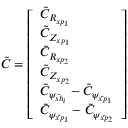
\Tilde { C } = \left[ \begin{array} { l } { \tilde { C } _ { R _ { x p _ { 1 } } } } \\ { \tilde { C } _ { Z _ { x p _ { 1 } } } } \\ { \tilde { C } _ { R _ { x p _ { 2 } } } } \\ { \tilde { C } _ { Z _ { x p _ { 2 } } } } \\ { \tilde { C } _ { \psi _ { \bar { s h } _ { i } } } - \tilde { C } _ { \psi _ { \bar { x p } _ { 1 } } } } \\ { \tilde { C } _ { \psi _ { \bar { x p } _ { 1 } } } - \tilde { C } _ { \psi _ { \bar { x p } _ { 2 } } } } \end{array} \right]